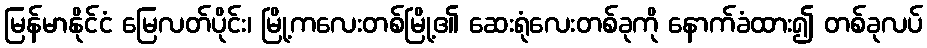
မြန်မာနိုင်ငံ မြေလတ်ပိုင်း၊ မြို့ကလေးတစ်မြို့၏ ဆေးရုံလေးတစ်ခုကို နောက်ခံထား၍ တစ်ခုလပ်